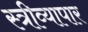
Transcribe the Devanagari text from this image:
स्त्रीव्यापार